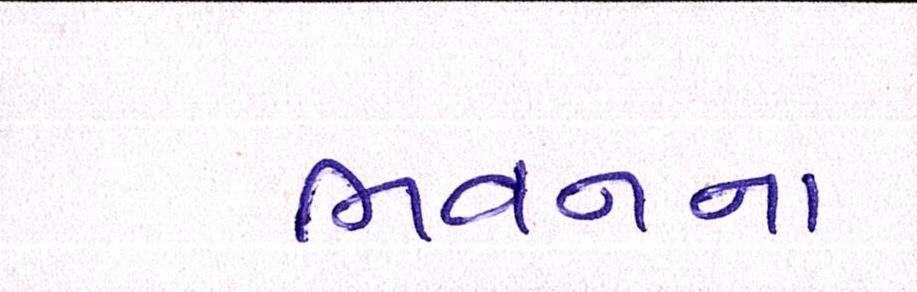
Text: ભવનના